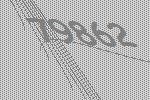
79862